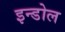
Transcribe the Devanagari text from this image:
इन्डोल